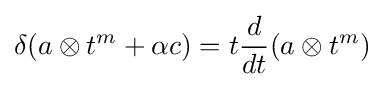
\delta (a\otimes t^{m}+\alpha c)=t{d \over dt}(a\otimes t^{m})